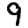
Digit: 9